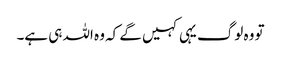
تو وہ لوگ یہی کہیں گے کہ وہ اللہ ہی ہے۔